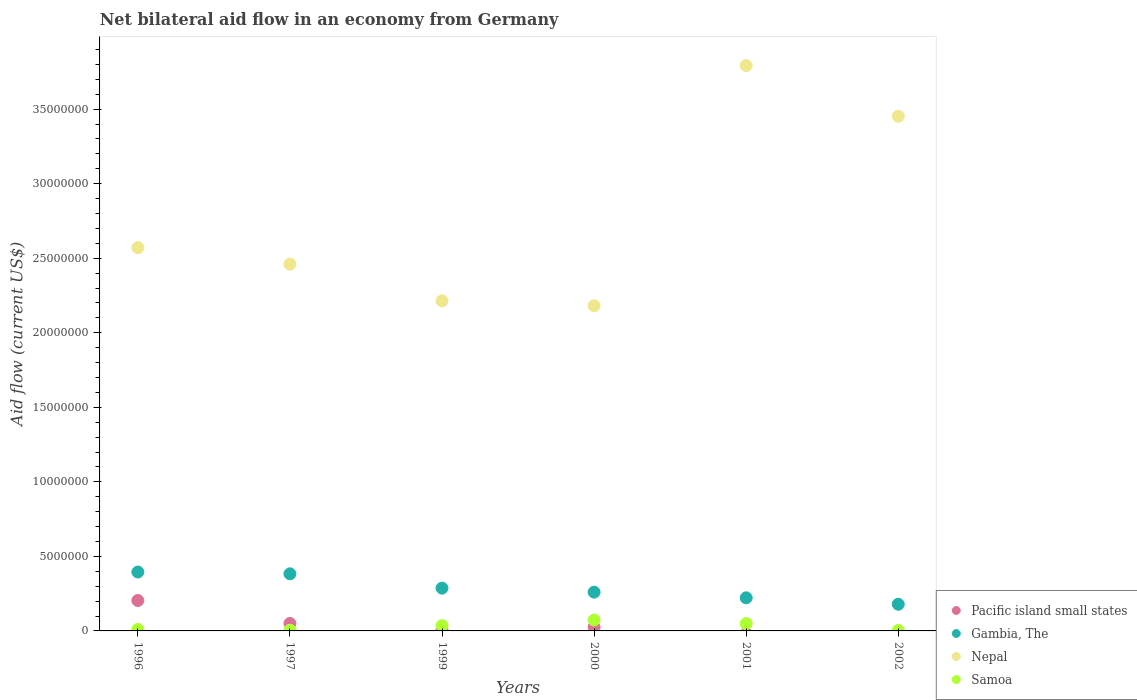
| Years | Pacific island small states | Gambia, The | Nepal | Samoa |
 | --- | --- | --- | --- | --- |
 | 1996 | 2.04e+06 | 3.95e+06 | 2.57e+07 | 1e+05 |
 | 1997 | 5e+05 | 3.83e+06 | 2.46e+07 | 5e+04 |
 | 1999 | 6e+04 | 2.87e+06 | 2.21e+07 | 3.5e+05 |
 | 2000 | 2.5e+05 | 2.6e+06 | 2.18e+07 | 7.3e+05 |
 | 2001 | -1.8e+05 | 2.22e+06 | 3.79e+07 | 4.9e+05 |
 | 2002 | -1e+06 | 1.79e+06 | 3.45e+07 | 3e+04 |